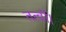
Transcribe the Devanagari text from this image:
तत्वों।